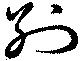
別